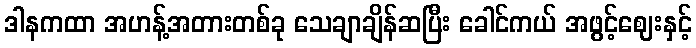
ဒါနကထာ အဟန့်အတားတစ်ခု သေချာချိန်ဆပြီး ခေါင်ကယ် အဖွင့်ဈေးနှင့်